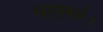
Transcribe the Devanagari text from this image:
धनि॒सां।